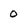
Character: 0